Scottish Certificate of Education, 1963
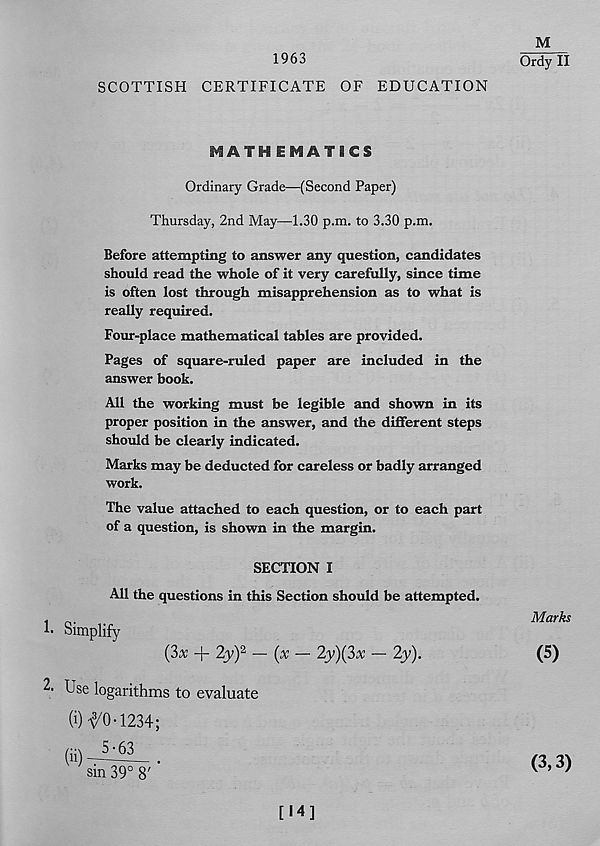
M
1963
Ordy II
SCOTTISH CERTIFICATE OF EDUCATION
MATHEMATICS
Ordinary Grade—(Second Paper)
Thursday, 2nd May—1.30 p.m. to 3.30 p.m.
Before attempting to answer any question, candidates
should read the whole of it very carefully, since time
is often lost through misapprehension as to what is
really required.
Four-place mathematical tables are provided.
Pages of square-ruled paper are included in the
answer hook.
All the working must be legible and shown in its
proper position in the answer, and the different steps
should be clearly indicated.
Marks may be deducted for careless or badly arranged
work.
The value attached to each question, or to each part
of a question, is shown in the margin.
SECTION I
All the questions in this Section should be attempted.
Marks
(3x -f 2y) 2 — {pc — 2y){3x — 2y).
(5)
2- Use logarithms to evaluate
(i) -^O-1234;
(3,3)
[•4]